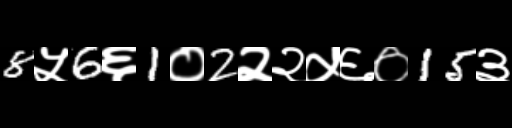
Text: 8५6६1०2२२५६०15३